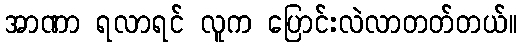
အာဏာ ရလာရင် လူက ပြောင်းလဲလာတတ်တယ်။